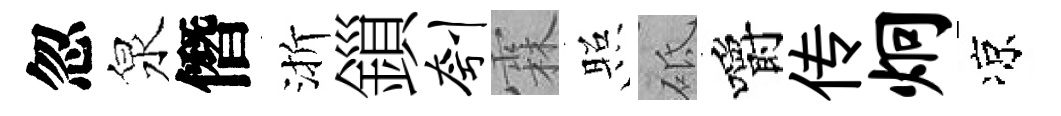
忽泉僭渐鎻刳霖照砥嚼传炯凉